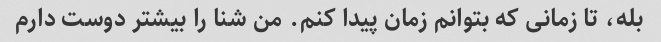
بله، تا زمانی که بتوانم زمان پیدا کنم. من شنا را بیشتر دوست دارم